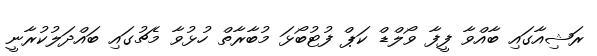
ރަޝިއާގައި ބާއްވާ ފީފާ ވޯލްޑް ކަޕް ފުޓުބޯޅަ މުބާރާތް ހުޅުވާ މެޗުގައި ބައްދަލުކުރާނީ